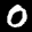
Label: 0